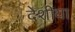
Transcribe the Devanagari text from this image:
देशीया